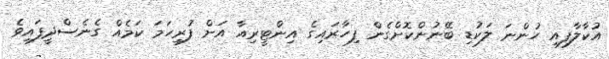
އުކާލާފއި ހުންނަ ލަކުޑި ބޭނުންކޮށްގެން ފިހާރައިގެ އިންޓީރިއާ އަށް ފުރިހަމަ ކަމެއް ގެނެސްދީފައިވެ